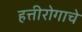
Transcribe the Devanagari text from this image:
हत्तीरोगाचे